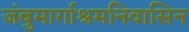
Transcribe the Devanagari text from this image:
जंबुमार्गाश्रमनिवासिन